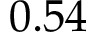
0 . 5 4